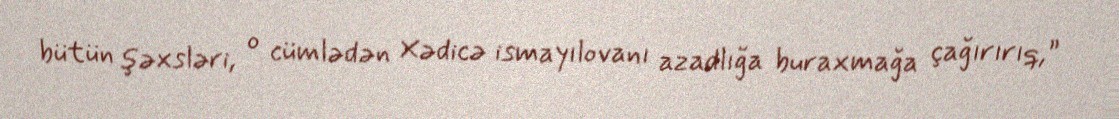
bütün şəxsləri, o cümlədən Xədicə ismayılovanı azadlığa buraxmağa çağırırıq,”